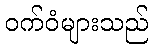
ဝက်ဝံများသည်